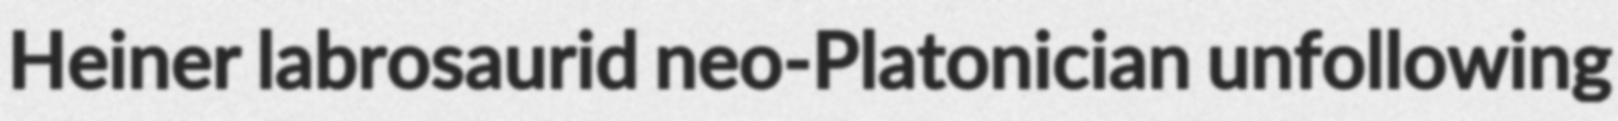
Heiner labrosaurid neo-Platonician unfollowing